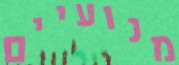
מנועיים